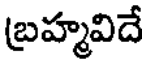
బ్రహ్మవిదే